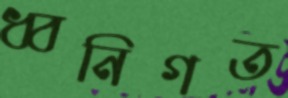
ধ্বনিগত